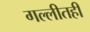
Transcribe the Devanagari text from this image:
गल्लीतही